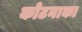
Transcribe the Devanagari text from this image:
कोटनाका